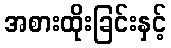
အစားထိုးခြင်းနှင့်